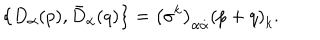
\left\{ D _ { \alpha } ( p ) , \bar { D } _ { \dot { \alpha } } ( q ) \right\} = \left( \sigma ^ { k } \right) _ { \alpha \dot { \alpha } } \left( p + q \right) _ { k } .